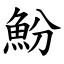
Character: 魵